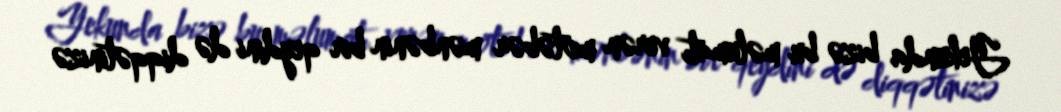
Yekunda bizə bu məlumatı verən mötəbər mənbənin bir qeydini də diqqətinizə